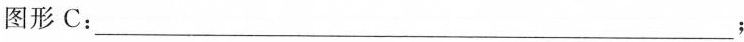
图形C：___；